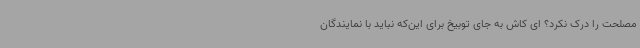
مصلحت را درک نکرد؟ ای کاش به جای توبیخ برای این‌که نباید با نمایندگان